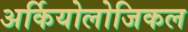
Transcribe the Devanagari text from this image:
अर्कियोलोजिकल